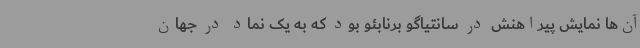
آن‌ها نمایش پیراهنش در سانتیاگو برنابئو بود که به یک نماد در جهان